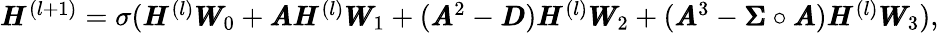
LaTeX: \begin{array}{r}{\pmb{H}^{(l+1)}=\sigma(\pmb{H}^{(l)}\pmb{W}_{0}+\pmb{A}\pmb{H}^{(l)}\pmb{W}_{1}+(\pmb{A}^{2}-\pmb{D})\pmb{H}^{(l)}\pmb{W}_{2}+(\pmb{A}^{3}-\pmb{\Sigma}\circ\pmb{A})\pmb{H}^{(l)}\pmb{W}_{3}),}\end{array}